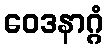
ဝေဒနာဂ္ဂံ